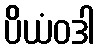
ပိယံဝဒါ